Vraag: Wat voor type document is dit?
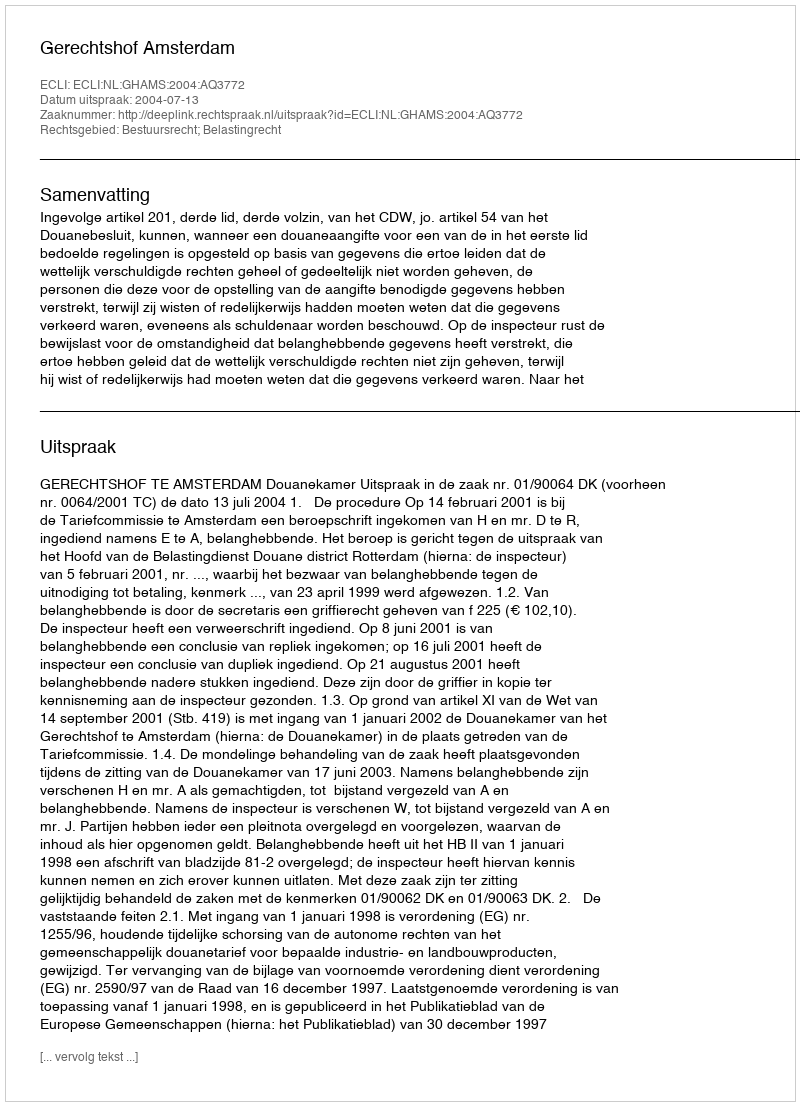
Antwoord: Uitspraak